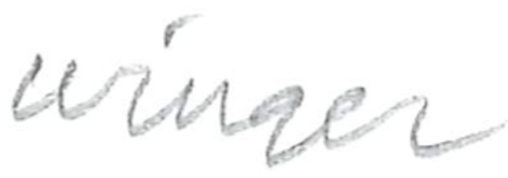
Text: winger
Cross-out: clean
Writing tool: pencil